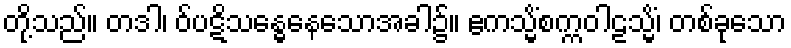
တို့သည်။ တဒါ၊ ဝ်ပဋိသန္ဓေနေသောအခါ၌။ ဧကသ္မိံစက္ကဝါဠသ္မိံ၊ တစ်ခုသော